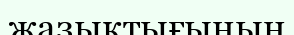
жазықтығынын